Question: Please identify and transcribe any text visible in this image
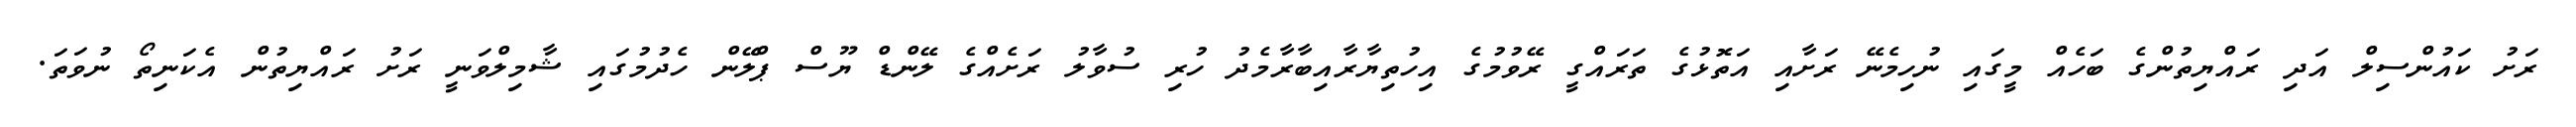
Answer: ރަށު ކައުންސިލް އަދި ރައްޔިތުންގެ ބަހެއް މީގައި ނުހިމެނޭ ރަށާއި އަތޮޅުގެ ތަރައްގީ ރޭވުމުގެ އިހުތިޔާރާއިބާރާމެދު ހުރި ސުވާލު ރަށެއްގެ ލޭންޑް ޔޫސް ޕްލޭން ހެދުމުގައި ޝާމިލްވަނީ ރަށު ރައްޔިތުން އެކަނިތޯ ނުވަތަ.